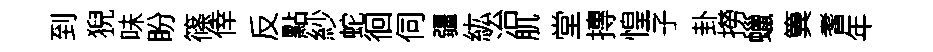
到猊味盼篠倖反點紗蛇徊伺疆紘治肌堂摶惶子卦撈蠟簨耆年